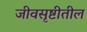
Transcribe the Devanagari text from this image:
जीवसृष्टीतील